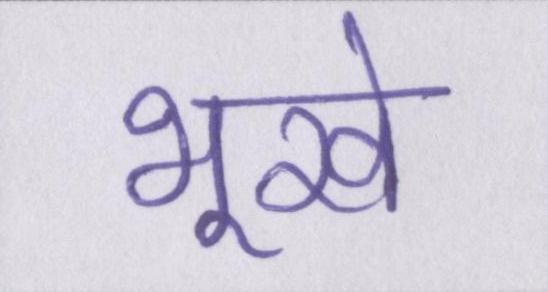
भूखे